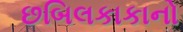
છબિલકાકાનો